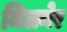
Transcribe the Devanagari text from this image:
मिलनेर